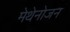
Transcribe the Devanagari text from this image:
मेथेनोजन